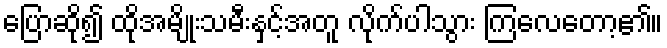
ပြောဆို၍ ထိုအမျိုးသမီးနှင့်အတူ လိုက်ပါသွား ကြလေတော့၏။